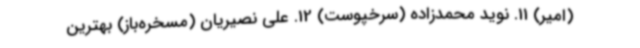
(امیر) 11. نوید محمدزاده (سرخپوست) 12. علی نصیریان (مسخره‌باز) بهترین